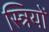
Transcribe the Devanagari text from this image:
स्त्रियों